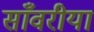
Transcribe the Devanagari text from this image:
साँवरीया